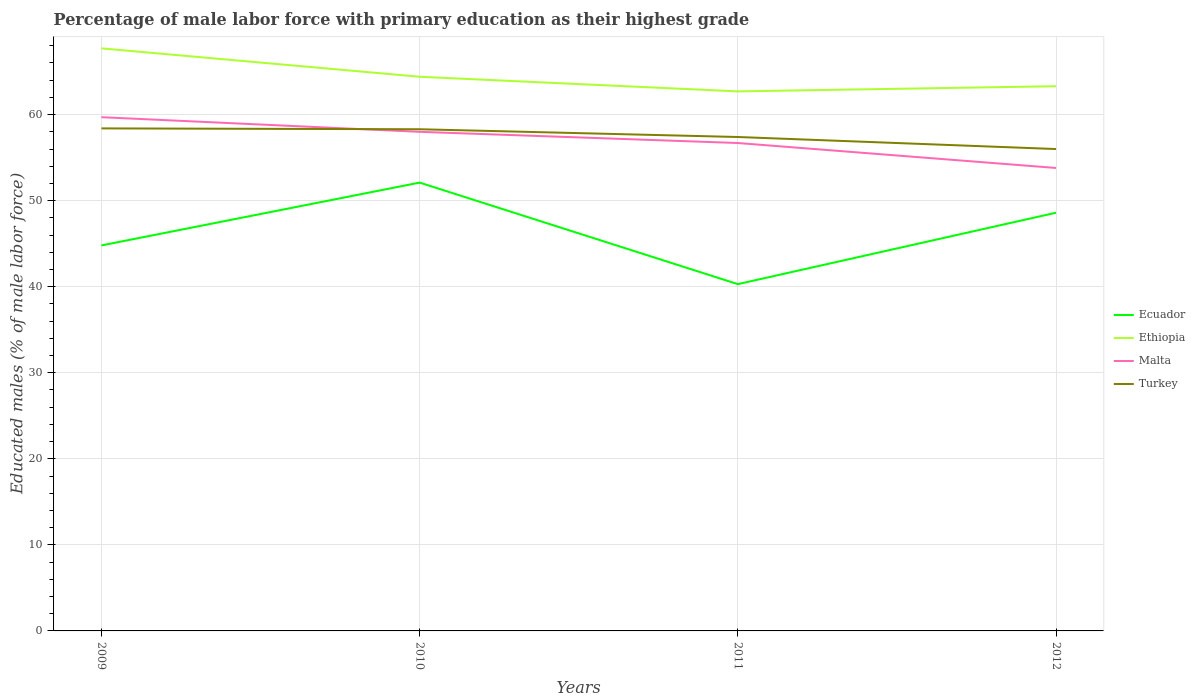
| Years | Ecuador | Ethiopia | Malta | Turkey |
 | --- | --- | --- | --- | --- |
 | 2009 | 44.8 | 67.7 | 59.7 | 58.4 |
 | 2010 | 52.1 | 64.4 | 58 | 58.3 |
 | 2011 | 40.3 | 62.7 | 56.7 | 57.4 |
 | 2012 | 48.6 | 63.3 | 53.8 | 56 |